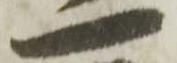
一